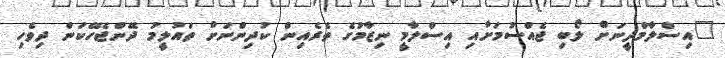
"އިސްލާމްދީނަށް ލޯބި ޖެއްސުމަށާއި އިސްލާމީ ނިޒާމުގެ ތެރެއިން ކުދިންނަށް ތައުލީމު ދޭންޖެހޭކަން ދިވެހި